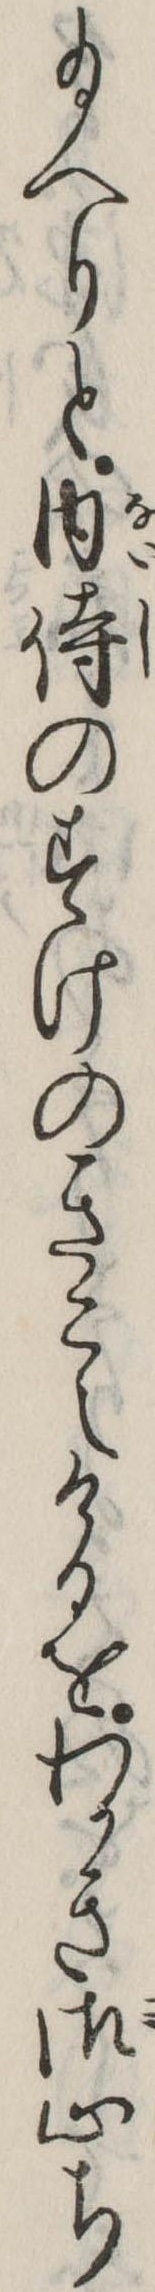
給へりと内侍のすけのきこえけるをわかき御心ち